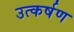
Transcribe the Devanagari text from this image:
उत्कर्षण